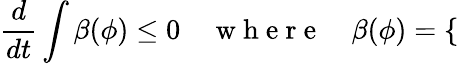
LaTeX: \frac{d}{dt}\int\beta(\phi)\leq 0\quad\mathrm{~w~h~e~r~e~}\quad\beta(\phi)=\left\{ \begin{array}{rlrl}\end{array}\right.